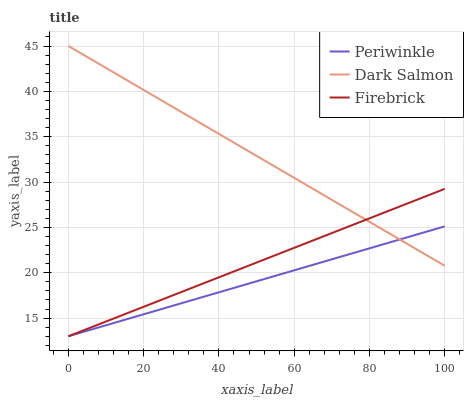
| xaxis_label | Periwinkle | Dark Salmon | Firebrick |
 | --- | --- | --- | --- |
 | 0 | 13 | 45 | 13 |
 | 7.14 | 13.9 | 43.3 | 14.2 |
 | 14.3 | 14.7 | 41.5 | 15.3 |
 | 21.4 | 15.6 | 39.8 | 16.5 |
 | 28.6 | 16.5 | 38.1 | 17.6 |
 | 35.7 | 17.3 | 36.3 | 18.8 |
 | 42.9 | 18.2 | 34.6 | 20 |
 | 50 | 19.1 | 32.9 | 21.1 |
 | 57.1 | 19.9 | 31.2 | 22.3 |
 | 64.3 | 20.8 | 29.4 | 23.4 |
 | 71.4 | 21.7 | 27.7 | 24.6 |
 | 78.6 | 22.5 | 26 | 25.8 |
 | 85.7 | 23.4 | 24.2 | 26.9 |
 | 92.9 | 24.2 | 22.5 | 28.1 |
 | 100 | 25.1 | 20.8 | 29.2 |